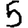
Digit: 5